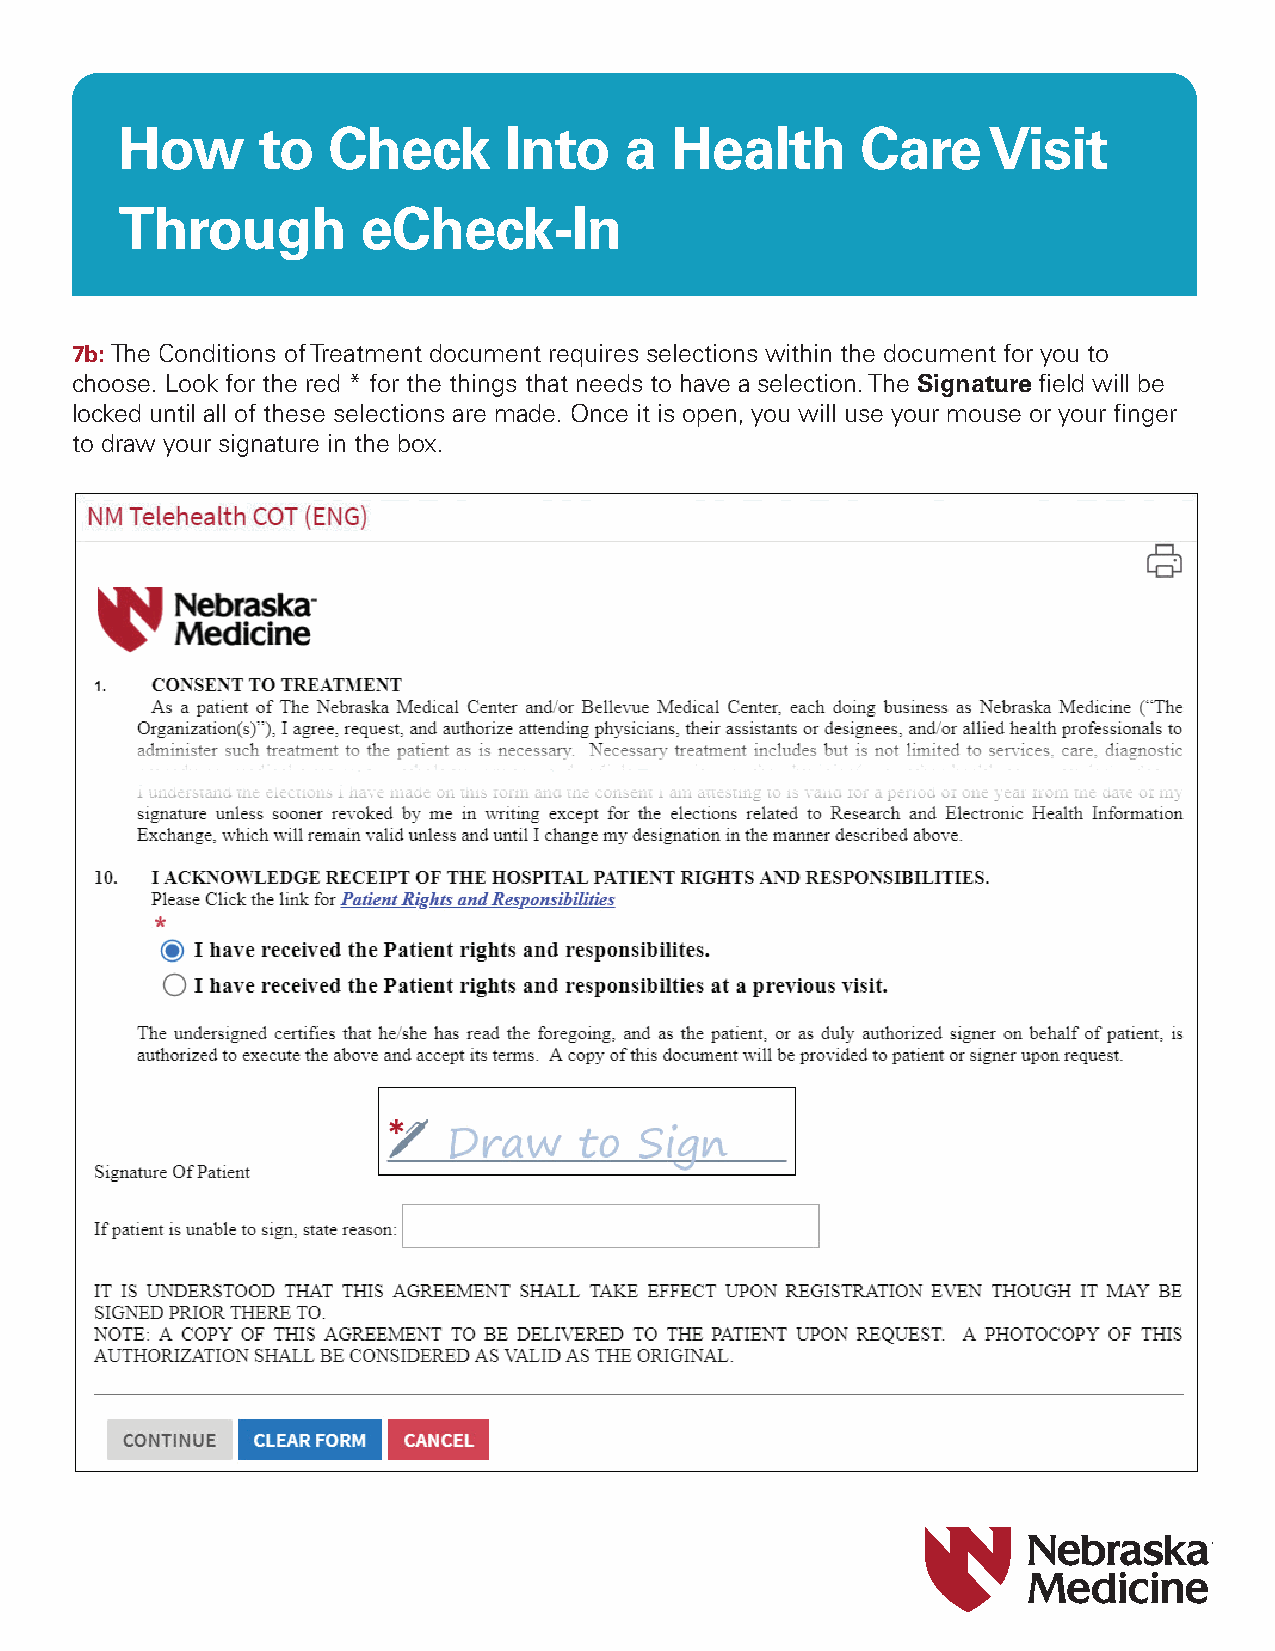
How      to   Check      Into    a  Health       Care    Visit
 Through         eCheck-In
 7b: The Conditions of Treatment document requires selections within the document for you to
 choose. Look for the red * for the things that needs to have a selection. The Signature field will be
 locked until all of these selections are made. Once it is open, you will use your mouse or your finger
 to draw your signature in the box.